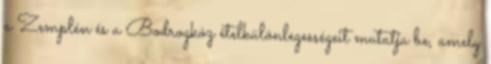
a Zemplén és a Bodrogköz ételkülönlegességeit mutatja be, amely